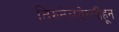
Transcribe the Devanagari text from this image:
तिरुनेलवेल्लीहून